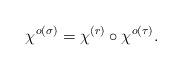
LaTeX: \begin{align*}\chi^{o(\sigma)} = \chi^{(r)} \circ \chi^{o(\tau)}.\end{align*}